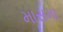
માસમા